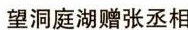
望洞庭湖赠张丞相